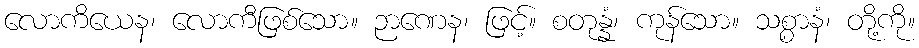
လောကိယေန၊ လောကီဖြစ်သော။ ဉာဏေန၊ ဖြင့်။ စတုန္နံ၊ ကုန်သော။ သစ္စာနံ၊ တို့ကို။